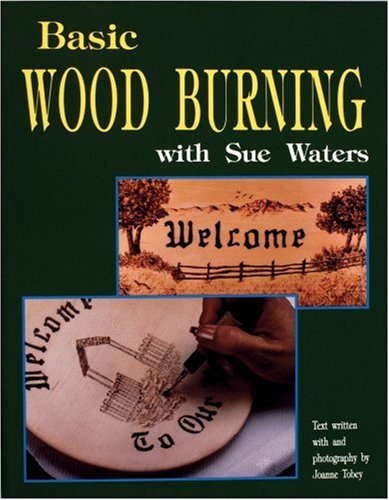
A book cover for Basic Wood Burning; Sue Waters; Crafts, Hobbies & Home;